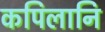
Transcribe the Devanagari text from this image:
कपिलानि